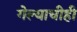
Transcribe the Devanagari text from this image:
गेल्याचीही